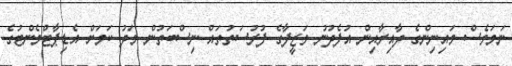
ނަމަވެސް މައިނިންގެ ދާއިރާއިން އުފެދުނު ވަޒީފާގެ ފުރުސަތުތައް ނިސްބަތުން މަދު ކަމަށް އެޑިޕާޓްމެންޓުގެ